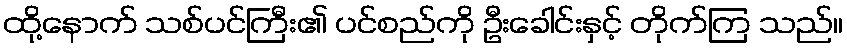
ထို့နောက် သစ်ပင်ကြီး၏ ပင်စည်ကို ဦးခေါင်းနှင့် တိုက်ကြ သည်။